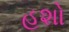
હશો